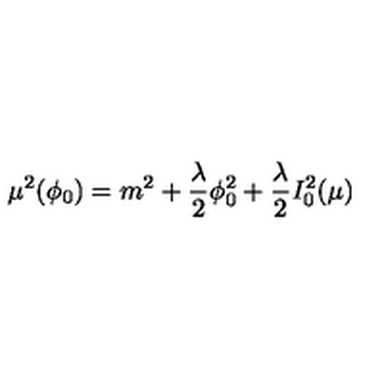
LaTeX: \mu ^ { 2 } ( \phi _ { 0 } ) = m ^ { 2 } + { \frac { \lambda } { 2 } } \phi _ { 0 } ^ { 2 } + { \frac { \lambda } { 2 } } I _ { 0 } ^ { 2 } ( \mu )